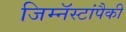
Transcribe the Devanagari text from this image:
जिम्नॅस्टांपैकी